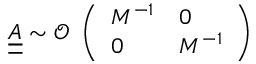
\underline { { \underline { { A } } } } \sim \mathcal { O } \begin{array} { l } { \left( \begin{array} { l l } { M ^ { - 1 } } & { 0 } \\ { 0 } & { M ^ { - 1 } } \end{array} \right) } \end{array}